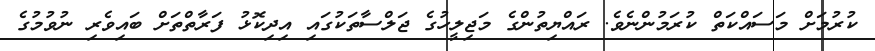
ކުރުމަށް މަސައްކަތް ކުރަމުންނެވެ. ރައްޔިތުންގެ މަޖިލީހުގެ ޖަލްސާތަކުގައި އިދިކޮޅު ފަރާތްތަށް ބައިވެރި ނުވުމުގެ